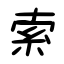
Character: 索